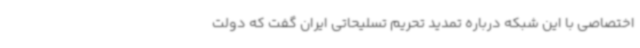
اختصاصی با این شبکه درباره تمدید تحریم تسلیحاتی ایران گفت که دولت